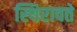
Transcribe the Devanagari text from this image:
स्थिरावते